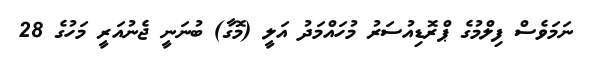
ނަމަވެސް ފިލްމުގެ ޕްރޮޑިއުސަރު މުހައްމަދު އަލީ (މޮގާ) ބުނަނީ ޖެނުއަރީ މަހުގެ 28